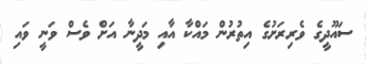
ސައޫދީގެ ވެރިރަށުގެ އިތުރުން މައްކާ އާއި މަދީނާ އަށް ވެސް ވަނީ ވައި